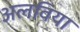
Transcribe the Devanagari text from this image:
अलविया